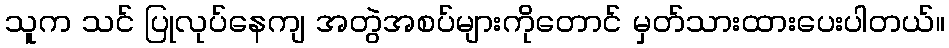
သူက သင် ပြုလုပ်နေကျ အတွဲအစပ်များကိုတောင် မှတ်သားထားပေးပါတယ်။